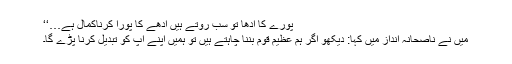
پورے کا آدھا تو سب روتے ہیں آدھے کا پورا کرناکمال ہے…‘‘
میں نے ناصحانہ انداز میں کہا: دیکھو اگر ہم عظیم قوم بننا چاہتے ہیں تو ہمیں اپنے آپ کو تبدیل کرنا پڑے گا۔